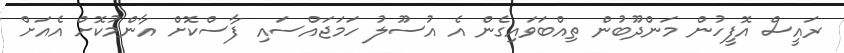
ރައީސް އޮފީހުން މަންދޫބުން ތިއްބަވައިގެން އެ އުސޫލު ހަމަޖައްސައި ފާސްކޮށް އާންމުކޮށް އެއަށް